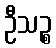
ဦသဉ္စ